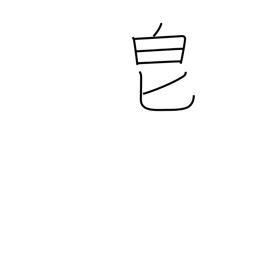
Meaning: fragrant